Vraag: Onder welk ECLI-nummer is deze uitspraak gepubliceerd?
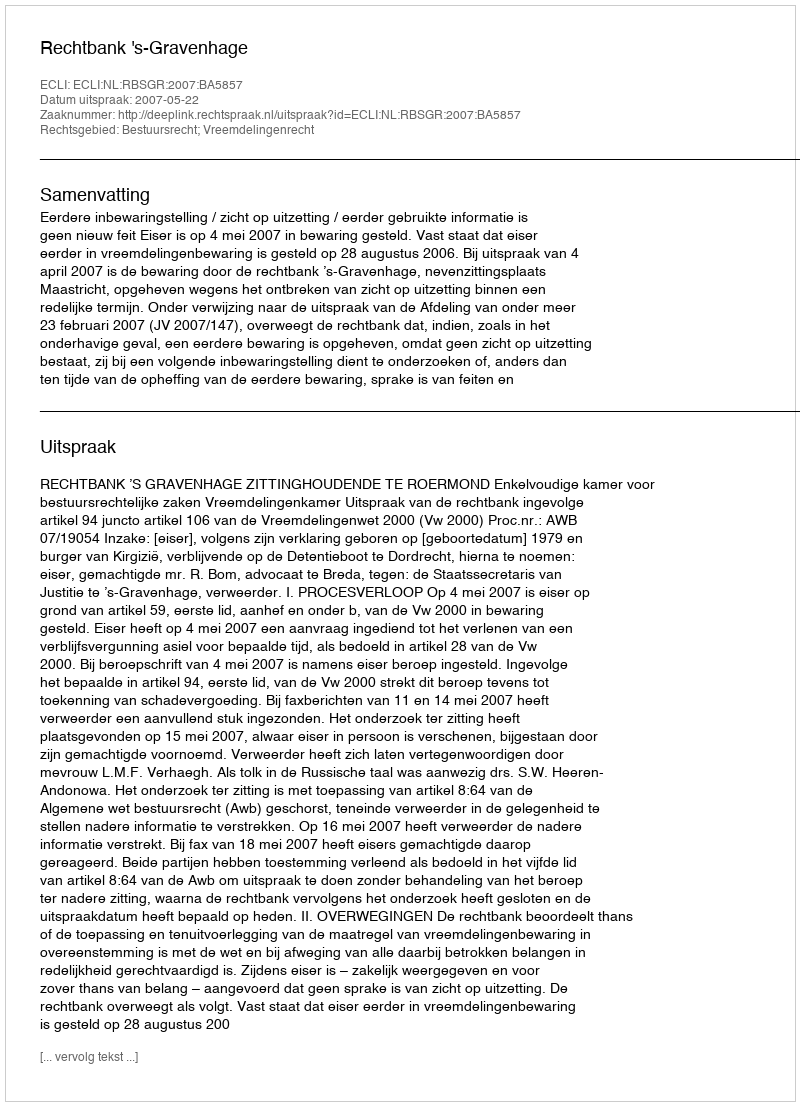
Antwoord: ECLI:NL:RBSGR:2007:BA5857